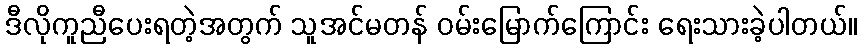
ဒီလိုကူညီပေးရတဲ့အတွက် သူအင်မတန် ဝမ်းမြောက်ကြောင်း ရေးသားခဲ့ပါတယ်။